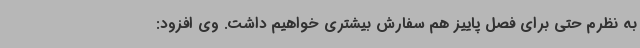
به نظرم حتی برای فصل پاییز هم سفارش بیشتری خواهیم داشت. وی افزود: